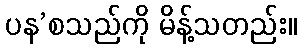
ပန’စသည်ကို မိန့်သတည်း။